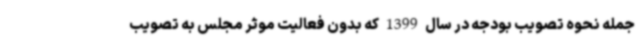
جمله نحوه تصویب بودجه در سال 1399 که بدون فعالیت موثر مجلس به تصویب